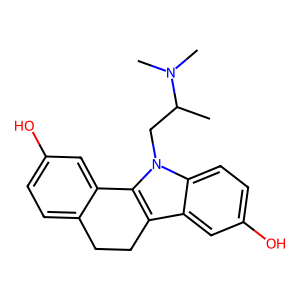
SMILES: CC(Cn1c2c(c3cc(O)ccc31)CCc1ccc(O)cc1-2)N(C)C
Inhibits HIV replication: No